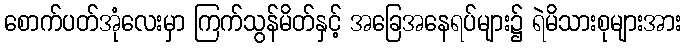
စောက်ပတ်အုံလေးမှာ ကြက်သွန်မိတ်နှင့် အခြေအနေရပ်များ၌ ရဲမိသားစုများအား